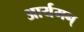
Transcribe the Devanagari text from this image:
आर्यमन्